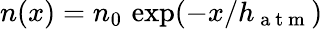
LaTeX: n(x)=n_{0}\, \exp(-x/h_{\mathrm{~a~t~m~}})